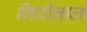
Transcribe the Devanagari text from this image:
गिरीताल